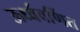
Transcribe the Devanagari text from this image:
ऊर्ध्ववर्णित